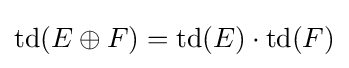
\operatorname {td} (E\oplus F)=\operatorname {td} (E)\cdot \operatorname {td} (F)